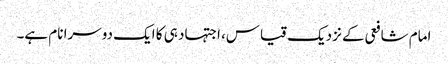
امام شافعی کے نزدیک قیاس، اجتہاد ہی کا ایک دوسرا نام ہے۔